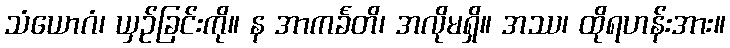
သံယောဂံ၊ ယှဉ်ခြင်းကို။ န အာကင်္ခတိ၊ အလိုမရှိ။ အဿ၊ ထိုရဟန်းအား။